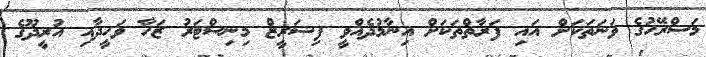
މަސްރޭހުގެ ވަނަތަކަށް އައި ފަރާތްތަކަށް އިނާމުދެއްވީ ފިޝަރީޒް މިނިސްޓަރު ޒަހާ ވަހީދާއި އުރީދޫގެ